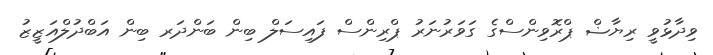
ވިދާޅުވީ ރިޔާޟް ޕްރޮވިންސްގެ ގަވަރުނަރު ޕްރިންސް ފައިސަލް ބިން ބަންދަރ ބިން އަބްދުލްއަޒީޒު